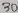
Text: 4